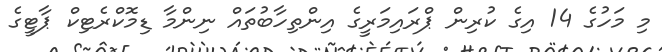
މި މަހުގެ 14 އިގެ ކުރިން ޕްރައިމަރީގެ އިންތިހާބުތައް ނިންމާ ޑިމޮކްރެޓިކް ޕާޓީގެ